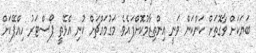
ބަޔަކަށް ވާގޮތަށް ކަންކަން ވަނީ އިންތިޒާމުކޮށްފައެވެ. މަގުމައްޗަށް ކުނި އެޅޭތީ ޕޯސްޓަރު ހިއްޕޭކަށް